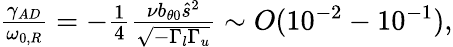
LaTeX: \begin{array}{r}{\frac{\gamma_{AD}}{\omega_{0,R}}=-\frac{1}{4}\frac{\nu b_{\theta 0}\hat{s}^{2}}{\sqrt{-\Gamma_{l}\Gamma_{u}}}\sim O(10^{-2}-10^{-1}),}\end{array}